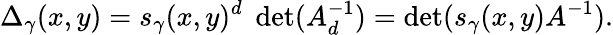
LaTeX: \Delta_{\gamma}(x,y)=s_{\gamma}(x,y)^{d}\; \operatorname*{det}(A_{d}^{-1})=\operatorname*{det}(s_{\gamma}(x,y)A^{-1}).